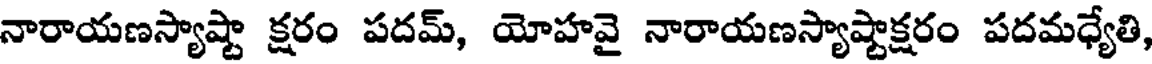
నారాయణస్యాష్టా క్షరం పదమ్, యోహవై నారాయణస్యాష్టాక్షరం పదమధ్యేతి,